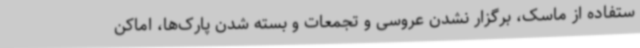
ستفاده از ماسک، برگزار نشدن عروسی و تجمعات و بسته شدن پارک‌ها، اماکن